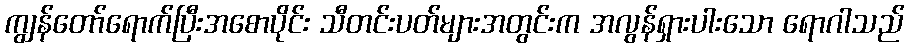
ကျွန်တော်ရောက်ပြီးအစောပိုင်း သီတင်းပတ်များအတွင်းက အလွန်ရှားပါးသော ရောဂါသည်